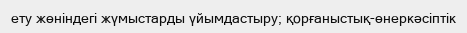
ету жөніндегі жүмыстарды үйымдастыру; қорғаныстық-өнеркәсіптік